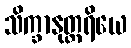
သိက္ခာနုတ္တရိယေ